Vaccination report Assam 1874-1896 - 1874-1896
Year: 1874
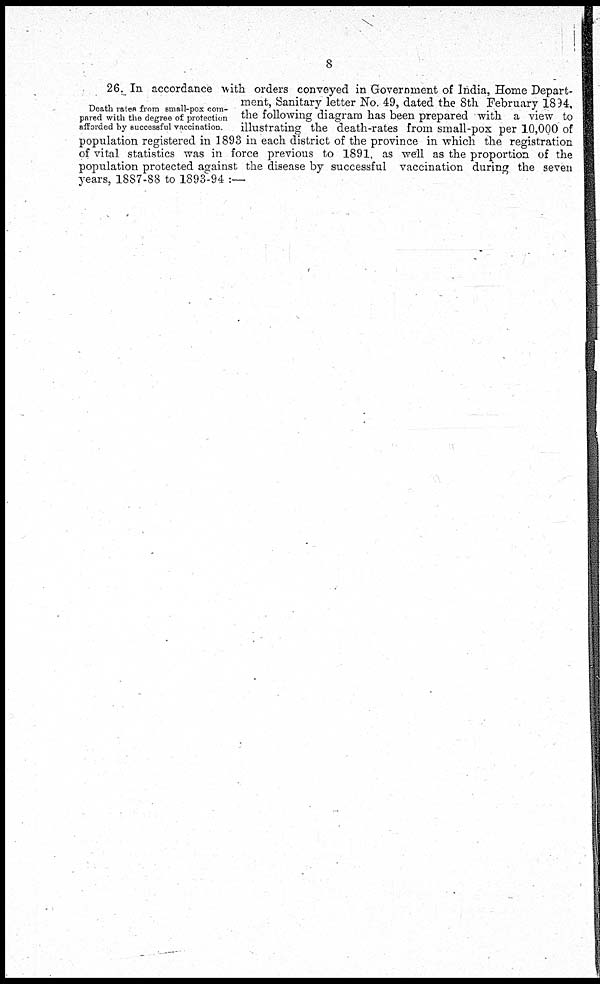
8
Death rates from small-pox com-
pared with the degree of protection
afforded by successful vaccination.
26. In accordance with orders conveyed in Government of India, Home Depart-
ment, Sanitary letter No. 49, dated the 8th February 1894,
the following diagram has been prepared with a view to
illustrating the death-rates from small-pox per 10,000 of
population registered in 1893 in each district of the province in which the registration
of vital statistics was in force previous to 1891, as well as the proportion of the
population protected against the disease by successful vaccination during the seven
years, 1887-88 to 1893-94 :—